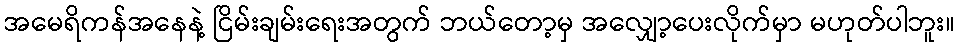
အမေရိကန်အနေနဲ့ ငြိမ်းချမ်းရေးအတွက် ဘယ်တော့မှ အလျှော့ပေးလိုက်မှာ မဟုတ်ပါဘူး။